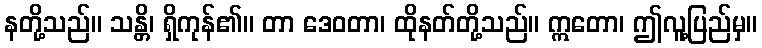
နတို့သည်။ သန္တိ၊ ရှိကုန်၏။ တာ ဒေဝတာ၊ ထိုနတ်တို့သည်။ ဣတော၊ ဤလူ့ပြည်မှ။